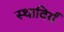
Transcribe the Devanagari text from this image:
स्थाविर्यं